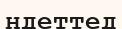
ндеттед